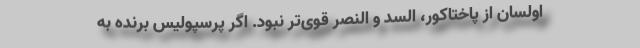
اولسان از پاختاکور، السد و النصر قوی‌تر نبود. اگر پرسپولیس برنده به